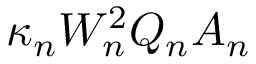
\kappa _ { n } W _ { n } ^ { 2 } Q _ { n } A _ { n }